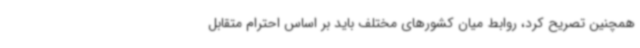
همچنین تصریح کرد، روابط میان کشورهای مختلف باید بر اساس احترام متقابل